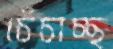
চেঁচাচ্ছ